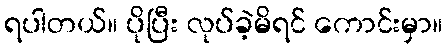
ရပါတယ်။ ပိုပြီး လုပ်ခဲ့မိရင် ကောင်းမှာ။